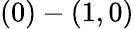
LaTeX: (0)-(1,0)